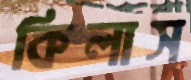
কিলাস